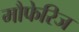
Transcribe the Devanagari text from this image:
मौफेरिज